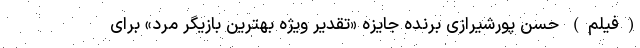
(فیلم) حسن پورشیرازی برنده جایزه «تقدیر ویژه بهترین بازیگر مرد» برای